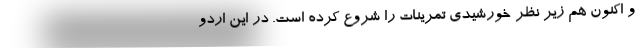
و اکنون هم زیر نظر خورشیدی تمرینات را شروع کرده است. در این اردو